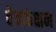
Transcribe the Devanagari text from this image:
वेवफंक्षन